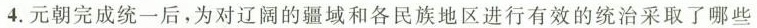
4.元朝完成统一后，为对辽阔的疆域和各民族地区进行有效的统治采取了哪些